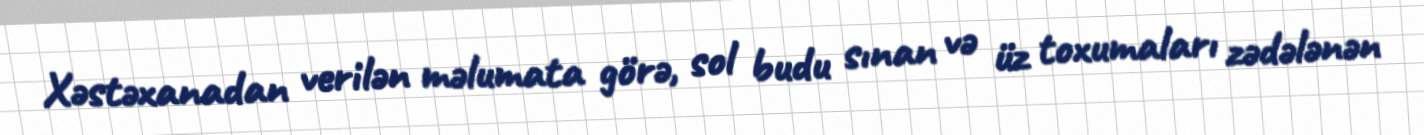
Xəstəxanadan verilən məlumata görə, sol budu sınan və üz toxumaları zədələnən